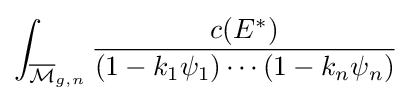
\int _{{\overline {\mathcal {M}}}_{g,n}}{\frac {c(E^{*})}{(1-k_{1}\psi _{1})\cdots (1-k_{n}\psi _{n})}}